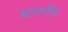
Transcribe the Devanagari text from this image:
भातरीय